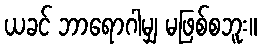
ယခင် ဘာရောဂါမျှ မဖြစ်စဘူး။